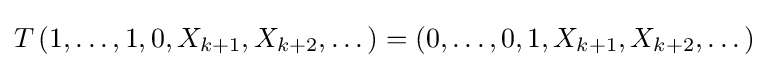
T\left(1,\dots ,1,0,X_{k+1},X_{k+2},\dots \right)=\left(0,\dots ,0,1,X_{k+1},X_{k+2},\dots \right)